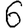
Digit: 6